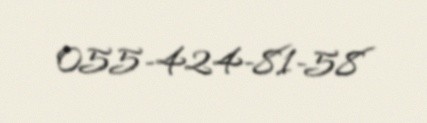
055-424-81-58